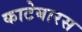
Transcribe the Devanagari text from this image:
काटेबारस